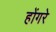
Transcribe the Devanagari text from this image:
होंगरे